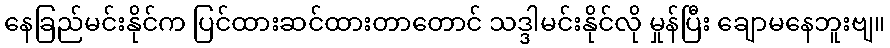
နေခြည်မင်းနိုင်က ပြင်ထားဆင်ထားတာတောင် သဒ္ဒါမင်းနိုင်လို မှုန်ပြီး ချောမနေဘူးဗျ။